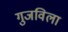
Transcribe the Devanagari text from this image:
गुजविला